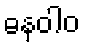
ဓနဝါဝ